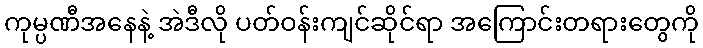
ကုမ္ပဏီအနေနဲ့ အဲဒီလို ပတ်ဝန်းကျင်ဆိုင်ရာ အကြောင်းတရားတွေကို